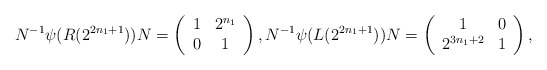
\begin{align*}N^{-1}\psi(R(2^{2n_1+1}))N = \left(\begin{array}{cc} 1 & 2^{n_1} \\ 0 & 1 \\\end{array}\right), N^{-1}\psi(L(2^{2n_1+1}))N = \left(\begin{array}{cc} 1 & 0 \\ 2^{3 n_1+2} & 1 \\\end{array}\right),\end{align*}